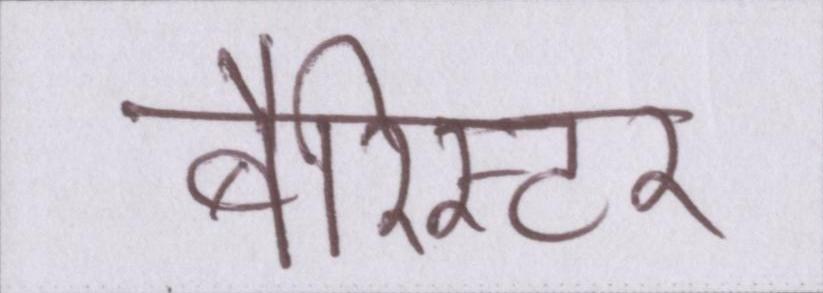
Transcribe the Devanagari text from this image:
बैरिस्टर